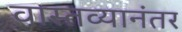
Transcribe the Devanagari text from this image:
वास्तव्यानंतर